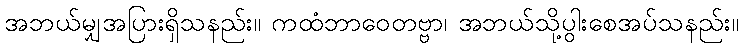
အဘယ်မျှအပြားရှိသနည်း။ ကထံဘာဝေတဗ္ဗာ၊ အဘယ်သို့ပွါးစေအပ်သနည်း။